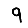
Digit: 9